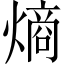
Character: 熵